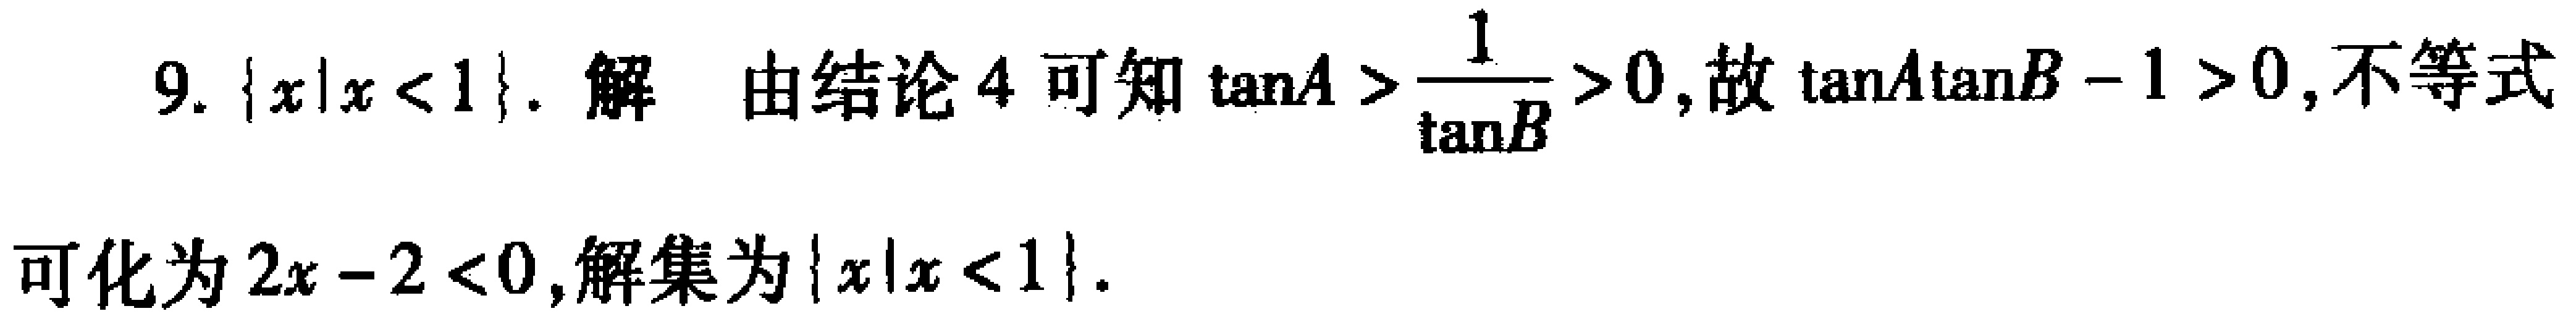
9. $\{x|x < 1\}$. 解 由结论 4 可知 $\tan A > \frac{1}{\tan B} > 0$, 故 $\tan A\tan B - 1 > 0$,不等式

可化为 $2x - 2 < 0$,解集为 $\{x|x < 1\}$.